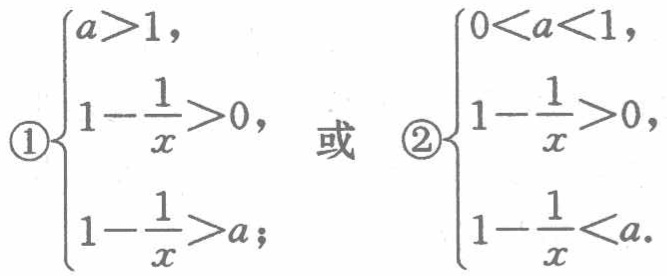
\textcircled{1}$\begin{cases}
a > 1, \\
1 - \dfrac{1}{x} > 0, \\
1 - \dfrac{1}{x} > a;
\end{cases}$或\textcircled{2}$\begin{cases}
0 < a < 1, \\
1 - \dfrac{1}{x} > 0, \\
1 - \dfrac{1}{x} < a.
\end{cases}$